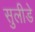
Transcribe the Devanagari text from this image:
सुलीडे